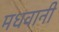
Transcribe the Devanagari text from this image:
मधवानी